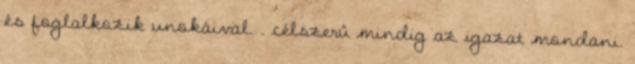
és foglalkozik unokáival. . célszerû mindig az igazat mondani.